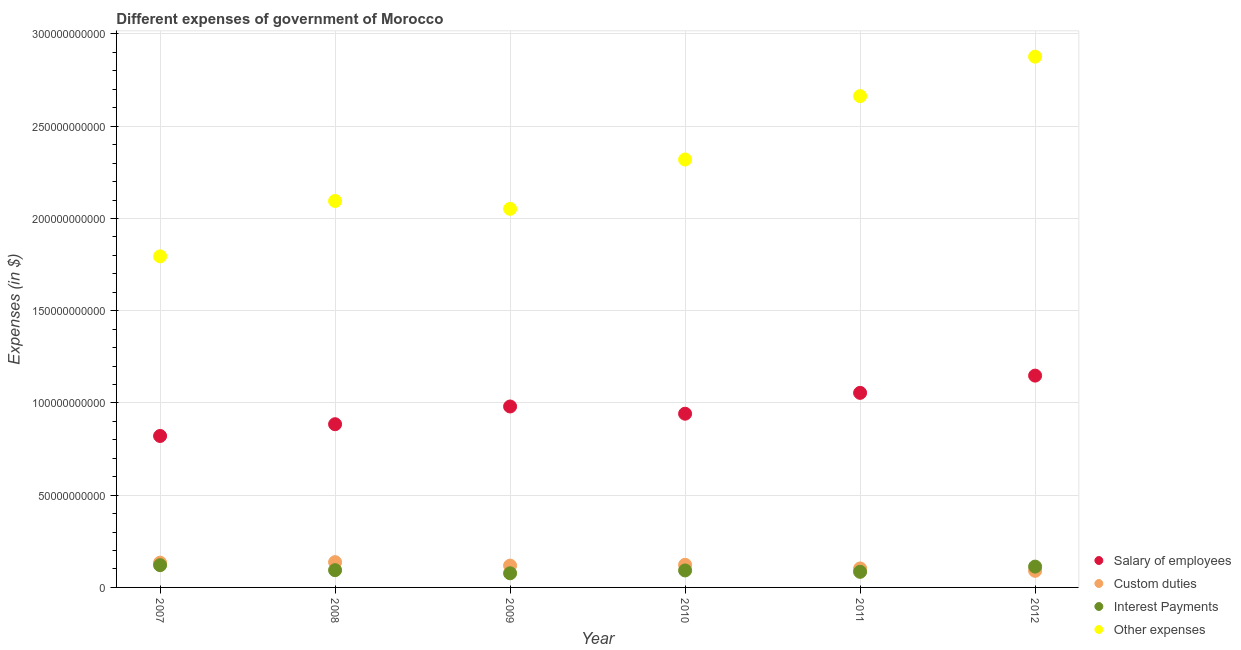
| Year | Salary of employees | Custom duties | Interest Payments | Other expenses |
 | --- | --- | --- | --- | --- |
 | 2007 | 8.21e+10 | 1.34e+10 | 1.21e+10 | 1.79e+11 |
 | 2008 | 8.85e+10 | 1.37e+10 | 9.35e+09 | 2.09e+11 |
 | 2009 | 9.81e+10 | 1.18e+10 | 7.66e+09 | 2.05e+11 |
 | 2010 | 9.42e+10 | 1.23e+10 | 9.21e+09 | 2.32e+11 |
 | 2011 | 1.05e+11 | 1.03e+10 | 8.45e+09 | 2.66e+11 |
 | 2012 | 1.15e+11 | 9e+09 | 1.13e+10 | 2.88e+11 |